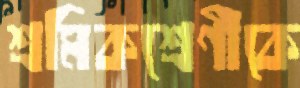
শ্রমিকশ্রেণীকে